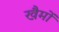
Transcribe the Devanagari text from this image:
खैमों